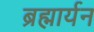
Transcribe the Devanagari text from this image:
ब्रह्मार्यन